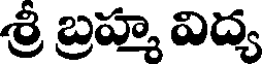
శ్రీ బ్రహ్మ విద్య